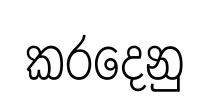
කරදෙනු